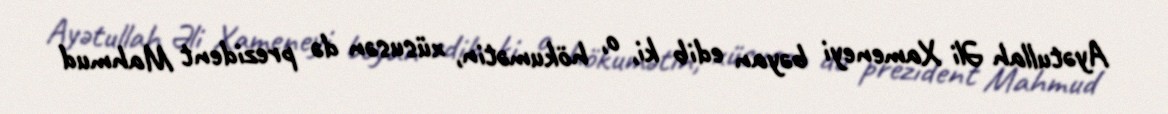
Ayətullah Əli Xameneyi bəyan edib ki, o, hökumətin, xüsusən də prezident Mahmud